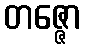
တဇ္ဇော